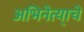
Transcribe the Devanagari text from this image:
अभिनेत्या्चे